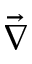
\vec { \nabla }